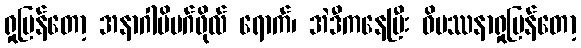
ရှုပြန်တော့ အနာဂါမိမဂ်ဖိုလ် ရောက်၊ အဲဒီကနေပြီး ဝိပဿနာရှုပြန်တော့